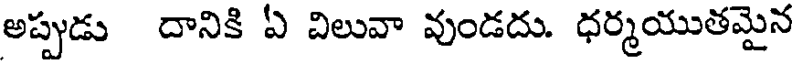
అప్పుడు దానికి ఏ విలువా వుండదు. ధర్మయుతమైన